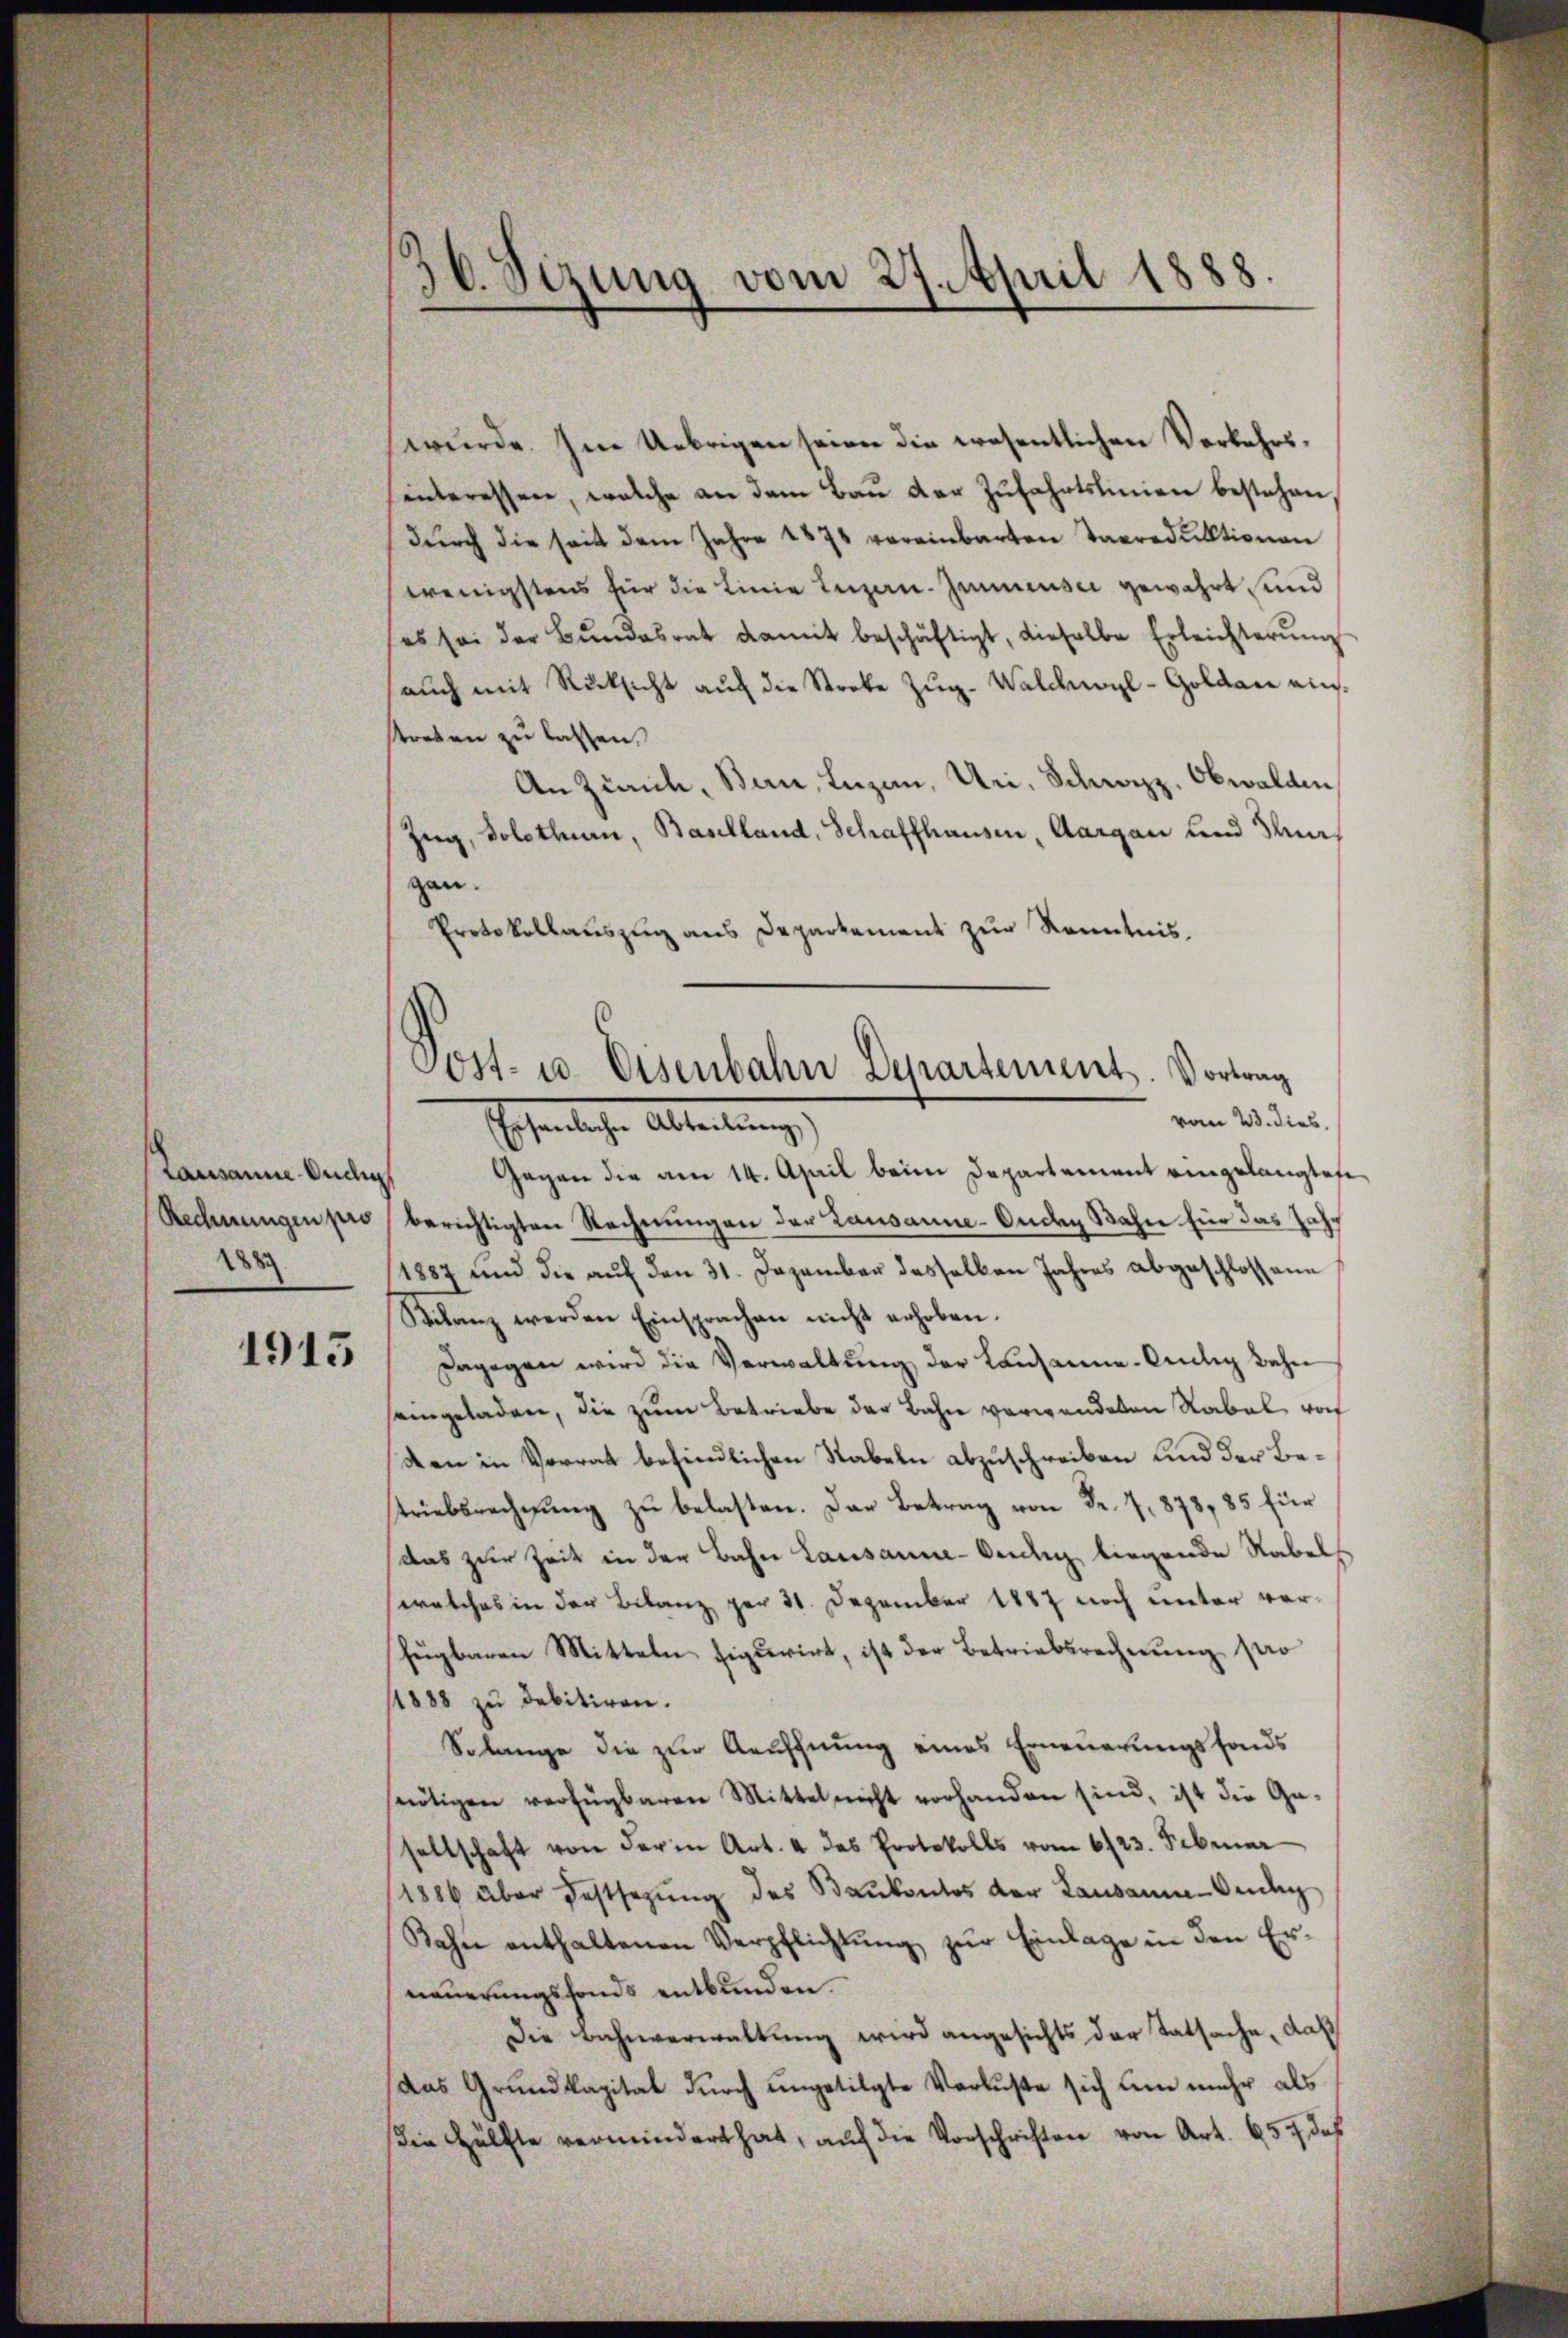
Lausanne-Ouchig
Rechnungen pro
288

1915

36. Sizung vom 27. April 1888.

wurde. Im Uebrigen seien die wesentlichen Vorkehrssinteressen, welche an dem Bau der Zufahrtslinien bestehen
dŭrch die seit dem Jahre 1871 vereinbarten Taxredŭktionen
wenigstens für die Linie Luzan. Juniusci gewahrt und
es sei der Bŭndesrat damit beschäftigt, dieselbe Erleichterŭng
auch mit Rücksicht auf die Streke Zŭg-Walchwyl-Goldau eintreten zu lassen.
An Zürich, Bern, Luzen, Uri, Schwazz, Obwalden
Zug, Solothur, Baselland, Schaffhausen, Aargau und Thurgan.
Protokollauszug aus Departement zur Kenntnis.
vom 23. dies
Eschentliche Abteilung
Gegen die am 14. April beim Departement eingelangtes,
berichtigten Rechnungen der Lausanne-Ondy Bahn für das Jahr
1887 und die auf den 31. Dezember dasselben Jahres abgeschlossene
Silanz werden Einsprachen nicht erhoben.
Dagegen wird die Verwaltŭng der Lausanne-Cudlig Bahn
eingeladen, die zum Betriebe der Bahn verwandeten Rabel vor
den in Vorrat befindlichen Rabeln abzuschreiben und der Betriebsrechnŭng zŭ belasten. Das Betrag von Fr. 7,878, 85 für
das zur Zeit in der Bahn Lausanne-Verdig liegende Rabels
welches in der Bilanz per 31. Dezember 1887 noch unter vorfügbaren Mitteln figurirt, ist der Betriebsrechnung so
/1888 zŭ debitiren.
Solange die zur Aeuffnung eines Erneuerungsfonds
snötigen verfügbaren Mittel nicht vorhanden sind, ist die Ga-
sellschaft von der in Art. 4 das Protokolls vom 6/23. Februar
1886 über Festsezung des Baubentos der Lausanne-Ouchy
Bahn enthaltenen Verpflichtŭng zŭr Einlage in den Ernaŭerŭngsfonds entbunden.
Die Bahnverwaltung wird angesichts der Tatsache, daß
Das Grundkapital durch ungetilgte Verluste sich um mehr als
die Hälfte vermindert hat, auf die Vorschriften von Art. 654 des

Cost- u. Eisenbahn Departement. Vortrag